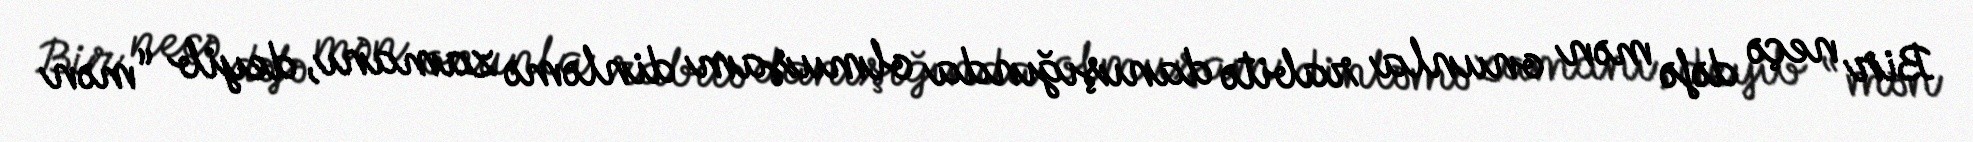
Bir neçə dəfə mən onunla rabitə danışığında olmuşam dinləmə zamanı, deyib “mən